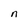
Character: n